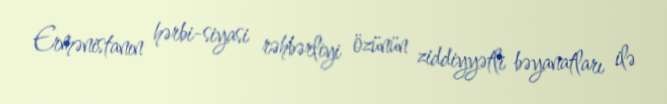
Ermənistanın hərbi-siyasi rəhbərliyi özünün ziddiyyətli bəyanatları ilə